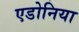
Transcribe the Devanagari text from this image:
एडोनिया